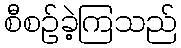
စီစဉ်ခဲ့ကြသည်